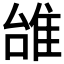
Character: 𨾱